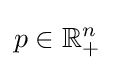
p\in \mathbb {R} _{+}^{n}\